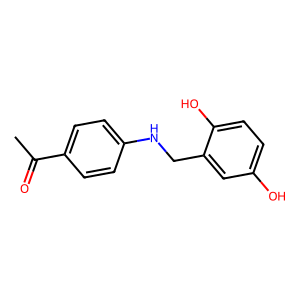
SMILES: CC(=O)c1ccc(NCc2cc(O)ccc2O)cc1
Inhibits HIV replication: No